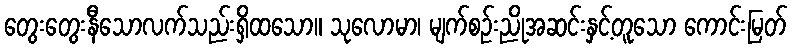
တွေးတွေးနီသောလက်သည်းရှိထသော။ သုလောမာ၊ မျက်စဉ်းညိုအဆင်းနှင့်တူသော ကောင်းမြတ်